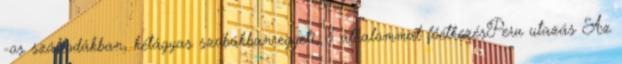
-os szállodákban, kétágyas szobákbanreggeli, 8 alkalommal főétkezésPeru utazás Az